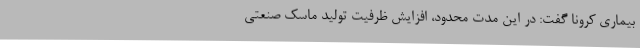
بیماری کرونا گفت: در این مدت محدود، افزایش ظرفیت تولید ماسک صنعتی